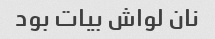
نان لواش بیات بود